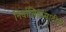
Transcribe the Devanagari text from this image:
निर्वासितांसाठीचे